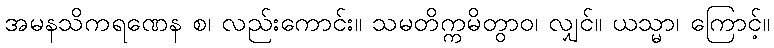
အမနသိကရဏေန စ၊ လည်းကောင်း။ သမတိက္ကမိတွာဝ၊ လျှင်။ ယသ္မာ၊ ကြောင့်။